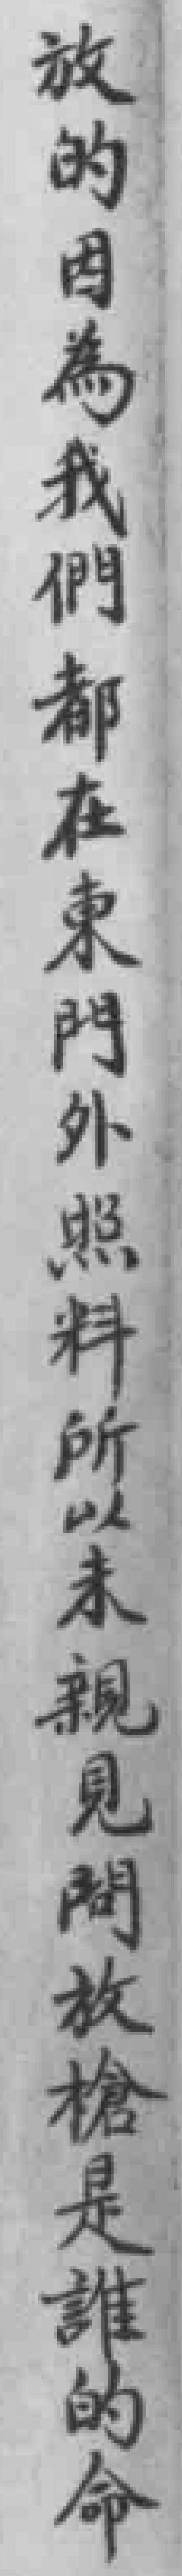
放的因為我們都在東門外照料所以未親見問放槍是誰的命